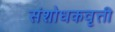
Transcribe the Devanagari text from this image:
संशोधकवृत्ती